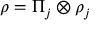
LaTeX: \rho = \Pi _ { j } \otimes \rho _ { j }